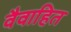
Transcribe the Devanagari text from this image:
वैवाहित